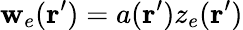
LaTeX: \mathbf{w}_{e}(\textbf{{r}}^{\prime})=a(\textbf{{r}}^{\prime})z_{e}(\textbf{{r}}^{\prime})